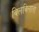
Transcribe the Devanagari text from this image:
बिलबिलाता